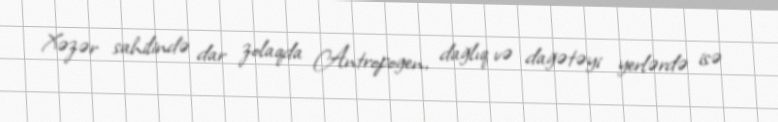
Xəzər sahilində dar zolaqda Antropogen, dağlıq və dağətəyi yerlərdə isə